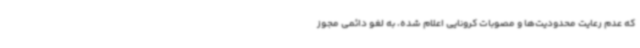
که عدم رعایت محدودیت‌ها و مصوبات کرونایی اعلام شده، به لغو دائمی مجوز